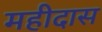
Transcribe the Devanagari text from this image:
महीदास